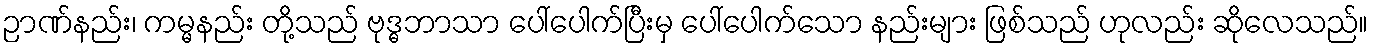
ဉာဏ်နည်း၊ ကမ္မနည်း တို့သည် ဗုဒ္ဓဘာသာ ပေါ်ပေါက်ပြီးမှ ပေါ်ပေါက်သော နည်းများ ဖြစ်သည် ဟုလည်း ဆိုလေသည်။